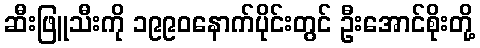
ဆီးဖြူသီးကို ၁၉၉၀နောက်ပိုင်းတွင် ဦးအောင်စိုးတို့